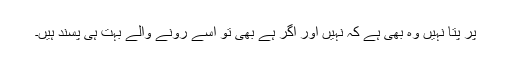
پر پتا نہیں وہ بھی ہے کہ نہیں اور اگر ہے بھی تو اسے رونے والے بہت ہی پسند ہیں۔